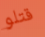
قتلو